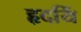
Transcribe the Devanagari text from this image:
हृदयिं